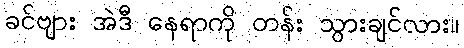
ခင်ဗျား အဲဒီ နေရာကို တန်း သွားချင်လား။